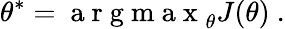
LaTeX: \theta^{*}=\mathrm{~a~r~g~m~a~x~}_{\theta}J(\theta)~.